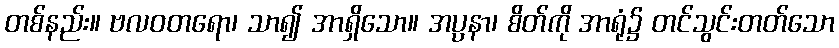
တစ်နည်း။ ဗလဝတရော၊ သာ၍ အာရှိသော။ အပ္ပနာ၊ စိတ်ကို အာရုံ၌ တင်သွင်းတတ်သော